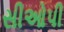
સીઓપી